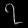
Digit: ၇